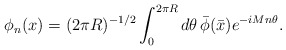
\begin{align*} \phi_n(x)=(2\pi R)^{-1/2}\int_0^{2\pi R}d\theta \, \bar{\phi}(\bar{x})e^{-iMn\theta}.\end{align*}